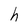
Character: h